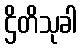
ဌိတိသုခါ